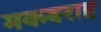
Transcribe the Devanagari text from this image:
मकबराह